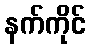
နက်ကိုင်